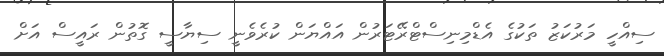
ސިއްހީ މަރުކަޒު ތަކުގެ އެޑްމިނިސްޓްރޭޓަރުން އައްޔަން ކުރެވެނީ ސިޔާސީ ގޮތުން ރައީސް އަށް